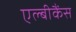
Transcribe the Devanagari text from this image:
एल्‍बीकैंस